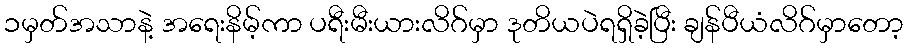
၁မှတ်အသာနဲ့ အရေးနိမ့်ကာ ပရီးမီးယားလိဂ်မှာ ဒုတိယပဲရရှိခဲ့ပြီး ချန်ပီယံလိဂ်မှာတော့